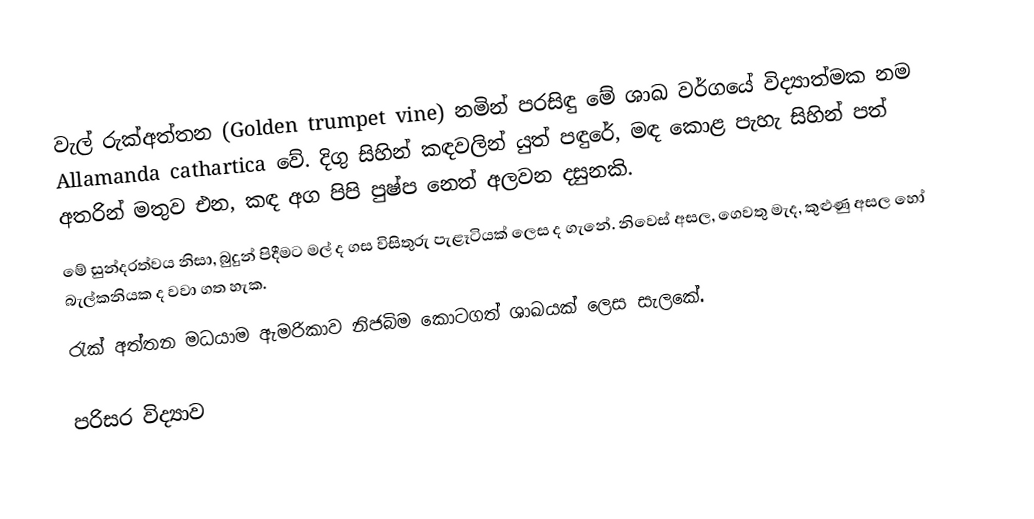
වැල් රුක්අත්තන (Golden trumpet vine) නමින් පරසිඳු මේ ශාඛ වර්ගයේ  විද්‍යාත්මක නම Allamanda cathartica වේ. දිගු සිහින් කඳවලින් යුත් පඳුරේ, මඳ කොළ පැහැ සිහින් පත් අතරින් මතුව එන, කඳ අග පිපි පුෂ්ප නෙත් අලවන දසුනකි.
මේ සුන්දරත්වය නිසා, බුදුන් පිදීමට මල් ද ගස විසිතුරු පැළෑටියක් ලෙස ද ගැනේ. නිවෙස් අසල, ගෙවතු මැද, කුළුණු අසල හෝ බැල්කනියක ද වවා ගත හැක.
රැක් අත්තන මධ‍යාම ඇමරිකාව නිජබිම කොටගත් ශාඛයක් ලෙස සැලකේ.

පරිසර විද්‍යාව